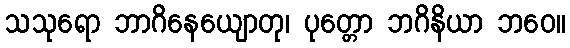
သသုရော ဘာဂိနေယျောတု၊ ပုတ္တော ဘဂိနိယာ ဘဝေ။